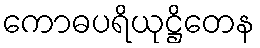
ကောဓပရိယုဋ္ဌိတေန